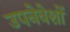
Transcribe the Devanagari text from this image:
उपनेवेशों